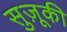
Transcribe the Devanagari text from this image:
सुज़ूकी